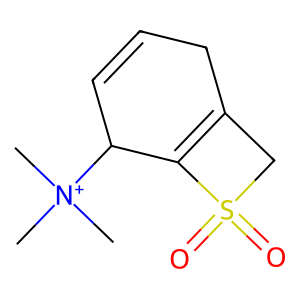
SMILES: C[N+](C)(C)C1C=CCC2=C1S(=O)(=O)C2
Inhibits HIV replication: No